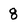
Character: 8